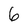
Character: 6